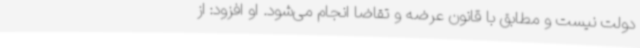
دولت نیست و مطابق با قانون عرضه و تقاضا انجام می‌شود. او افزود: از